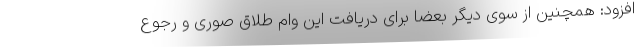
افزود: همچنین از سوی دیگر بعضا برای دریافت این وام طلاق صوری و رجوع